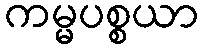
ကမ္မပစ္စယာ